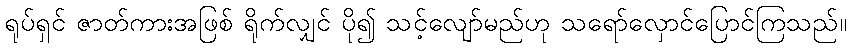
ရုပ်ရှင် ဇာတ်ကားအဖြစ် ရိုက်လျှင် ပို၍ သင့်လျော်မည်ဟု သရော်လှောင်ပြောင်ကြသည်။